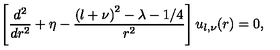
\left[ \frac { d ^ { 2 } } { d r ^ { 2 } } + \eta - \frac { \left( l + \nu \right) ^ { 2 } - \lambda - 1 / 4 } { r ^ { 2 } } \right] u _ { l , \nu } ( r ) = 0 ,